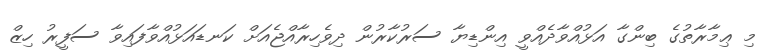
މި ޢިމާރާތުގެ ބިންގާ އަޅުއްވާދެއްވީ އިންޑިޔާ ސަރުކާރުން ދިވެހިރާއްޖެއަށް ކަނޑައަޅުއްވާފައިވާ ސަފީރު ހިޒް